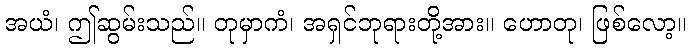
အယံ၊ ဤဆွမ်းသည်။ တုမှာကံ၊ အရှင်ဘုရားတို့အား။ ဟောတု၊ ဖြစ်လော့။